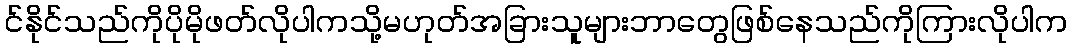
င်နိုင်သည်ကိုပိုမိုဖတ်လိုပါကသို့မဟုတ်အခြားသူများဘာတွေဖြစ်နေသည်ကိုကြားလိုပါက